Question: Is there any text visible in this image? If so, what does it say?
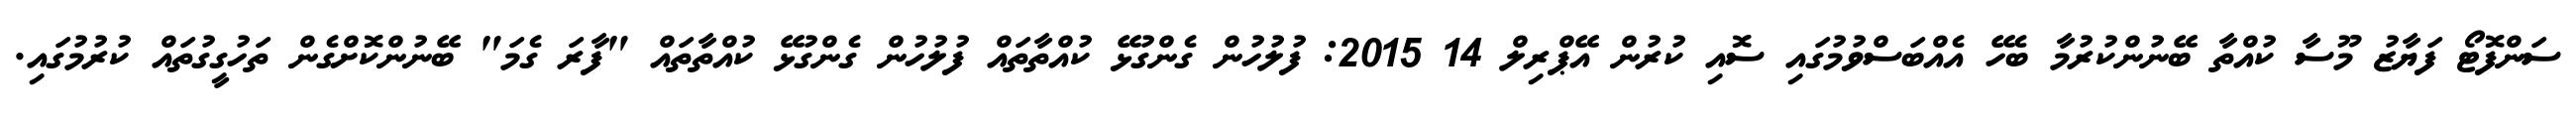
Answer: ސަންފޮޓޯ ފަޔާޒު މޫސާ ކުއްތާ ބޭނުންކުރުމާ ބެހޭ އެއްބަސްވުމުގައި ސޮއި ކުރުން އޭޕްރިލް 14 2015: ފުލުހުން ގެންގުޅޭ ކުއްތާތައް ފުލުހުން ގެންގުޅޭ ކުއްތާތައް "ފާރަ ގެމަ" ބޭނުންކޮށްގެން ތަހުގީގުތައް ކުރުމުގައި.